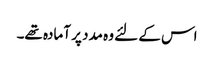
اس کے لئے وہ مدد پر آمادہ تھے۔